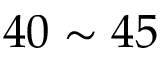
4 0 \sim 4 5